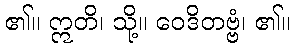
၏။ ဣတိ၊ သို့။ ဝေဒိတဗ္ဗံ၊ ၏။